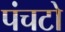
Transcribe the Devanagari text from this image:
पंचटो